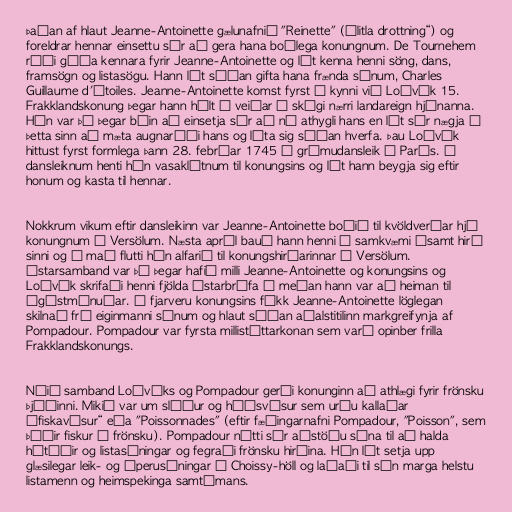
Þaðan af hlaut Jeanne-Antoinette gælunafnið "Reinette" („litla drottning“) og
foreldrar hennar einsettu sér að gera hana boðlega konungnum. De Tournehem
réði góða kennara fyrir Jeanne-Antoinette og lét kenna henni söng, dans,
framsögn og listasögu. Hann lét síðan gifta hana frænda sínum, Charles
Guillaume d'Étoiles. Jeanne-Antoinette komst fyrst í kynni við Loðvík 15.
Frakklandskonung þegar hann hélt á veiðar í skógi nærri landareign hjónanna.
Hún var þá þegar búin að einsetja sér að ná athygli hans en lét sér nægja í
þetta sinn að mæta augnaráði hans og láta sig síðan hverfa. Þau Loðvík
hittust fyrst formlega þann 28. febrúar 1745 á grímudansleik í París. Á
dansleiknum henti hún vasaklútnum til konungsins og lét hann beygja sig eftir
honum og kasta til hennar.

Nokkrum vikum eftir dansleikinn var Jeanne-Antoinette boðið til kvöldverðar hjá
konungnum í Versölum. Næsta apríl bauð hann henni í samkvæmi ásamt hirð
sinni og í maí flutti hún alfarið til konungshirðarinnar í Versölum.
Ástarsamband var þá þegar hafið milli Jeanne-Antoinette og konungsins og
Loðvík skrifaði henni fjölda ástarbréfa á meðan hann var að heiman til
ágústmánuðar. Í fjarveru konungsins fékk Jeanne-Antoinette löglegan
skilnað frá eiginmanni sínum og hlaut síðan aðalstitilinn markgreifynja af
Pompadour. Pompadour var fyrsta millistéttarkonan sem varð opinber frilla
Frakklandskonungs.

Náið samband Loðvíks og Pompadour gerði konunginn að athlægi fyrir frönsku
þjóðinni. Mikið var um slúður og háðsvísur sem urðu kallaðar
„fiskavísur“ eða "Poissonnades" (eftir fæðingarnafni Pompadour, "Poisson", sem
þýðir fiskur á frönsku). Pompadour nýtti sér aðstöðu sína til að halda
hátíðir og listasýningar og fegraði frönsku hirðina. Hún lét setja upp
glæsilegar leik- og óperusýningar í Choissy-höll og laðaði til sín marga helstu
listamenn og heimspekinga samtímans.